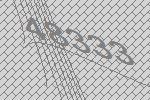
48333